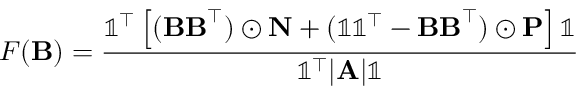
F ( \mathbf { B } ) = \frac { \mathbb { 1 } ^ { \top } \left[ ( \mathbf { B B } ^ { \top } ) \odot \mathbf { N } + ( \mathbb { 1 } \mathbb { 1 } ^ { \top } - \mathbf { B B } ^ { \top } ) \odot \mathbf { P } \right] \mathbb { 1 } } { \mathbb { 1 } ^ { \top } | \mathbf { A } | \mathbb { 1 } }